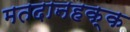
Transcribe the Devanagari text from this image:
मतदानहक्क